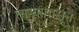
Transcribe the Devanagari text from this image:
तार्‍यापासून